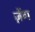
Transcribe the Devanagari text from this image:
ज़ेंग